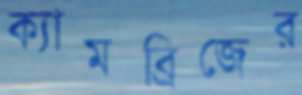
ক্যামব্রিজের